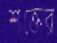
শক্তের